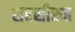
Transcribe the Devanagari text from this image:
सरसीरुह